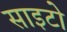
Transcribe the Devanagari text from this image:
साइटो